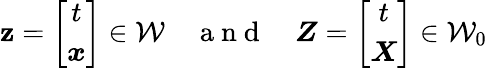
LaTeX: \boldsymbol{\mathbf{z}}=\left[\begin{array}{c}{t}\\ {\boldsymbol{x}}\end{array}\right]\in{\mathcal{W}}\quad\mathrm{{~a~n~d~}}\quad\boldsymbol{Z}=\left[\begin{array}{c}{t}\\ {\boldsymbol{X}}\end{array}\right]\in{\mathcal{W}}_{0}